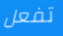
تفعل